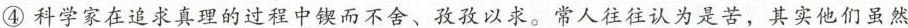
④科学家在追求真理的过程中锲而不舍、孜孜以求。常人往往认为是苦，其实他们虽然